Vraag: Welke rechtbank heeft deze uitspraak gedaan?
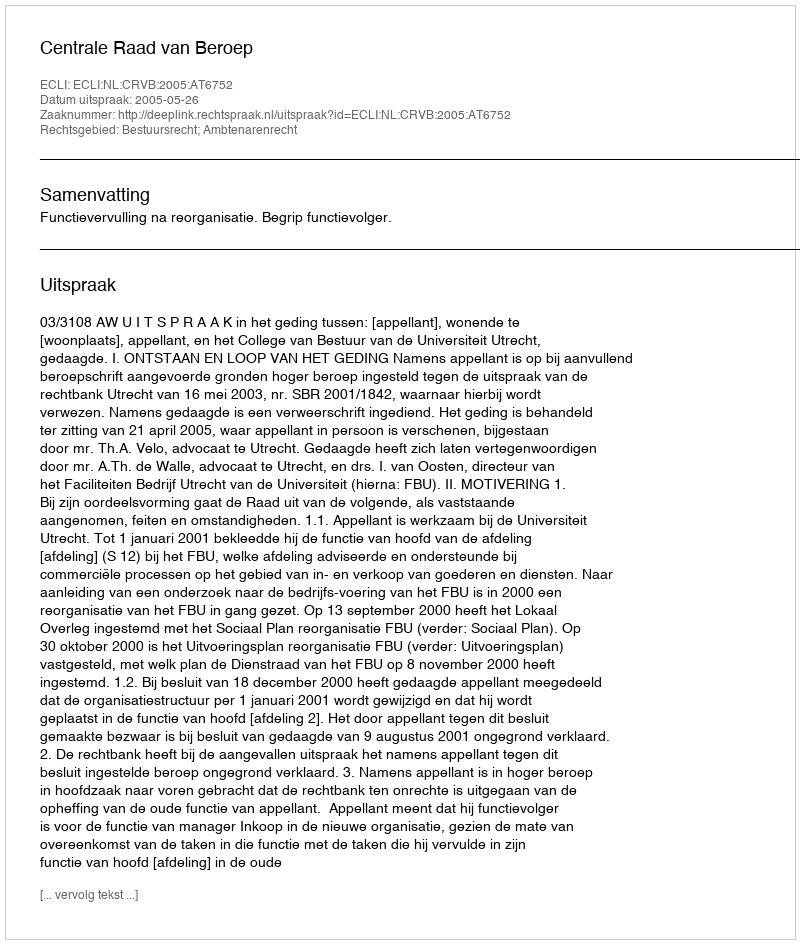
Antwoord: Centrale Raad van Beroep